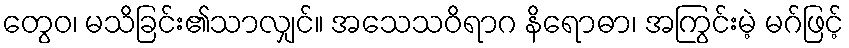
တွေဝ၊ မသိခြင်း၏သာလျှင်။ အသေသဝိရာဂ နိရောဓာ၊ အကြွင်းမဲ့ မဂ်ဖြင့်